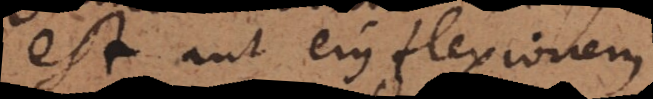
est aut ejus flexionem.